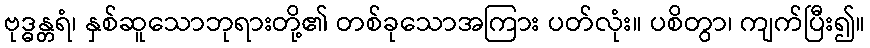
ဗုဒ္ဓန္တရံ၊ နှစ်ဆူသောဘုရားတို့၏ တစ်ခုသောအကြား ပတ်လုံး။ ပစိတွာ၊ ကျက်ပြီး၍။